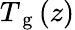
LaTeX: T_{\mathrm{~g~}}(z)